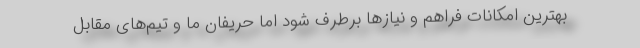
بهترین امکانات فراهم و نیازها برطرف شود اما حریفان ما و تیم‌های مقابل